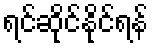
ရင်ဆိုင်နိုင်ရန်